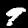
Label: 9